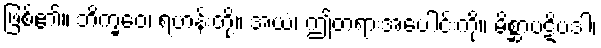
ဖြစ်၏။ ဘိက္ခဝေ၊ ရဟန်းတို့။ အယံ၊ ဤတရားအပေါင်းကို။ မိစ္ဆာပဋိပဒါ၊